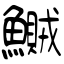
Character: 鱡